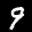
Label: 9